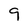
Character: 9